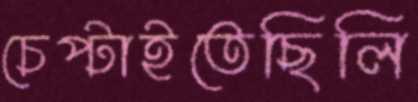
চেপ্‌টাইতেছিলি